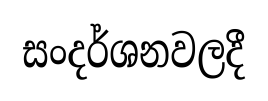
සංදර්ශනවලදී